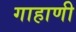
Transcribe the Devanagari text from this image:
गाहाणी